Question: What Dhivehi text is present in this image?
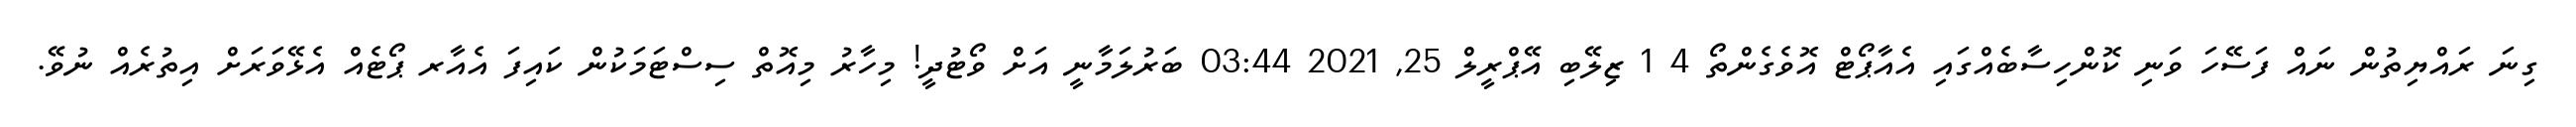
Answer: ގިނަ ރައްޔިތުން ނައް ފަސޭހަ ވަނި ކޮންހިސާބެއްގައި އެއާޕޯޓް އޮވެގެންތޯ 4 1 ޒިލޭބި އޭޕްރީލް 25, 2021 03:44 ބަރުލަމާނީ އަށް ވޯޓުދީ! މިހާރު މިއޮތް ސިސްޓަމަކުން ކައިފަ އެއާރ ޕޯޓެއް އެޅޭވަރަށް އިތުރެއް ނުވޭ.